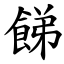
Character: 䬾